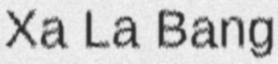
Xa La Bang